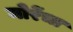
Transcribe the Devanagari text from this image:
मोरेंचा